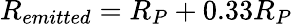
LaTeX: R_{emitted}=R_{P}+0.33R_{P}